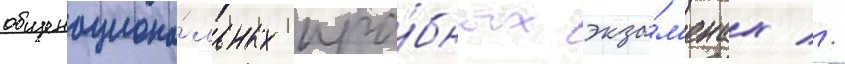
общенациона́льных про́бных экза́м'енах //